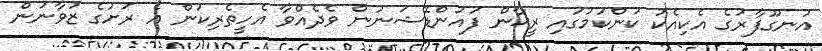
އުނގޫފާރުގެ އެކިއެކު ކަންކަމުގައި ރީޚާން ފައުންޑޭޝަނުން ވެދެއްވާ އެހީތެރިކަން އެ ރަށުގެ ޒުވާނުން